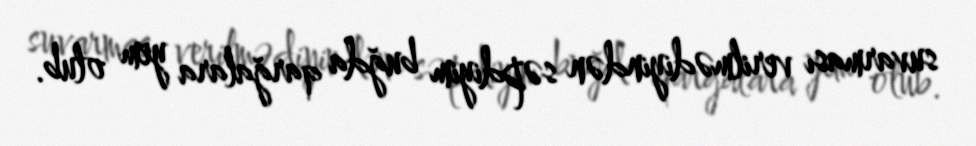
suvarması verilmədiyindən səpdiyim buğda qarğalara yem olub.